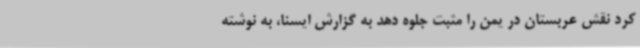
کرد نقش عربستان در یمن را مثبت جلوه دهد به گزارش ایسنا، به نوشته